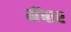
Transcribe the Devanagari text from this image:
मेंबार